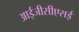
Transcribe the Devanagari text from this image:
आईजीसीएसई